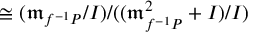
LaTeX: \cong ( { \mathfrak { m } } _ { f ^ { - 1 } P } / I ) / ( ( { \mathfrak { m } } _ { f ^ { - 1 } P } ^ { 2 } + I ) / I )